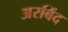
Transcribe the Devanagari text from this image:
अरबिंद